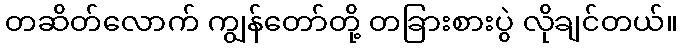
တဆိတ်လောက် ကျွန်တော်တို့ တခြားစားပွဲ လိုချင်တယ်။